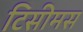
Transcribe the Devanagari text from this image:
टिसीमस